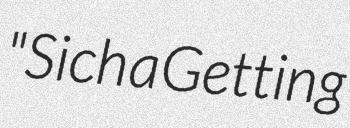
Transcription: "Sich a Getting